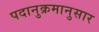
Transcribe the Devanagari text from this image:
पदानुक्रमानुसार